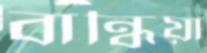
বান্ধিয়া